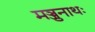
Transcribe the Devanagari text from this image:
मञ्जुनाथः